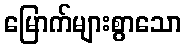
မြောက်များစွာသော